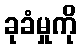
ခုခံမှုကို